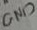
Text: GND